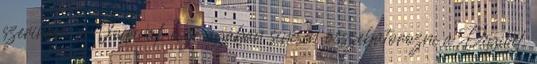
szerintem a Vodának esze ágában sincsen összebútorozni a Digivel.